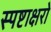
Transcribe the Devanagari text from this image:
स्पष्टाक्षरो